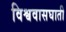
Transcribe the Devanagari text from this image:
विश्ववासघाती